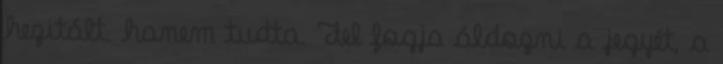
hezitált. hanem tudta. Fel fogja áldozni a jegyét, a